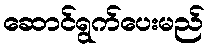
ဆောင်ရွက်ပေးမည်